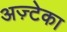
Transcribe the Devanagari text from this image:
अज़्टेका